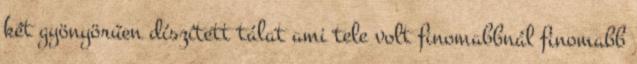
két gyönyörűen díszített tálat ami tele volt finomabbnál finomabb